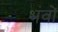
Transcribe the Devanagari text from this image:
भंवों